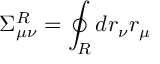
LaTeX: \Sigma _ { \mu \nu } ^ { R } = \oint _ { R } d r _ { \nu } r _ { \mu }